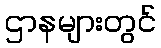
ဌာနများတွင်